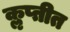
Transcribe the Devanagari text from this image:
कॢप्तीत